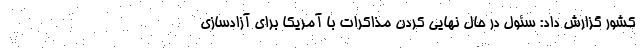
کشور گزارش داد: سئول در حال نهایی کردن مذاکرات با آمریکا برای آزادسازی